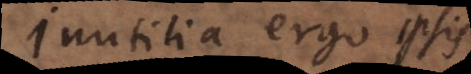
Inutilia ergo ipsis